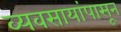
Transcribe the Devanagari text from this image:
व्यवसायांपासून